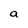
Character: a